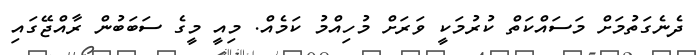
ދެނެގަތުމަށް މަސައްކަތް ކުރުމަކީ ވަރަށް މުހިއްމު ކަމެއް. މިއީ މީގެ ސަބަބުން ރާއްޖޭގައި